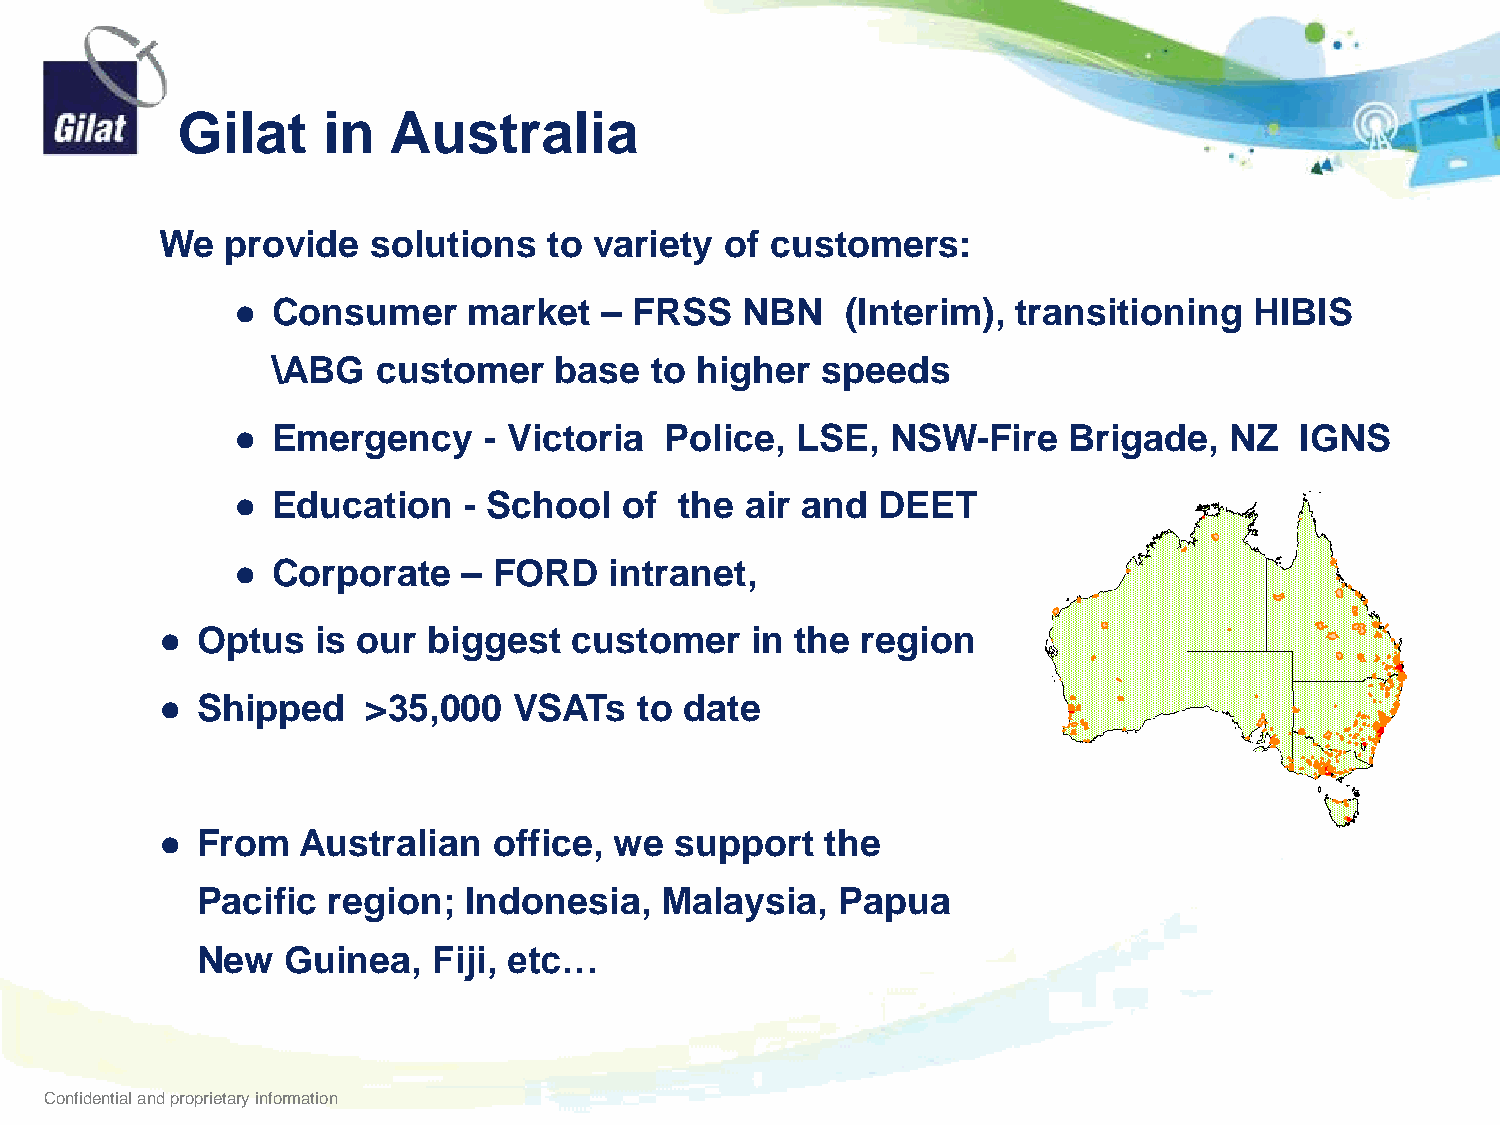
Gilat    in   Australia
 We   provide   solutions  to variety  of customers:
 ●  Consumer     market   – FRSS   NBN    (Interim), transitioning   HIBIS
 \ABG   customer    base  to higher  speeds
 ●  Emergency     - Victoria  Police,  LSE,  NSW-Fire    Brigade,  NZ   IGNS
 ●  Education    - School  of  the air and  DEET
 ●  Corporate    – FORD   intranet,
 ●  Optus   is our biggest   customer    in the region
 ●  Shipped    >35,000   VSATs   to date
 ●  From   Australian   office, we  support   the
 Pacific  region;  Indonesia,   Malaysia,   Papua
 New   Guinea,   Fiji, etc…
 Confidential and proprietary information